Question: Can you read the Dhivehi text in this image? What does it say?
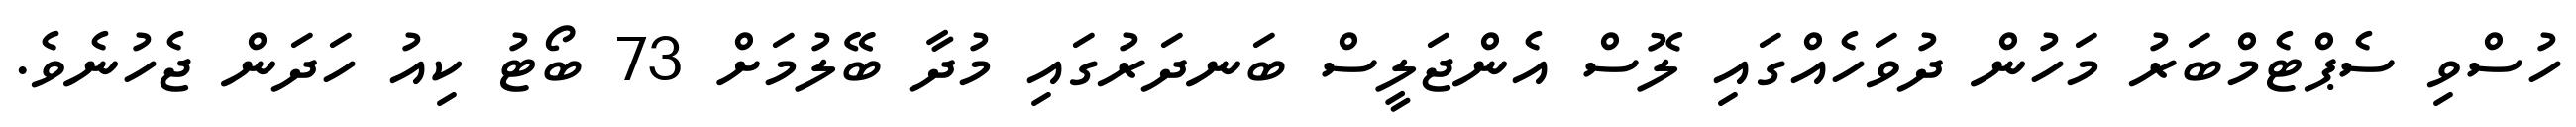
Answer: ހުސްވި ސެޕްޓެމްބަރު މަހުން ދުވަހެއްގައި ލޮސް އެންޖަލީސް ބަނދަރުގައި މުދާ ބޭލުމަށް 73 ބޯޓު ކިއު ހަދަން ޖެހުނެވެ.